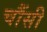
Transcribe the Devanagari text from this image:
चौंसी